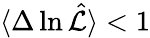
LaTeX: \langle\Delta\ln\hat{\cal L}\rangle<1